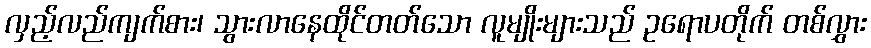
လှည့်လည်ကျက်စား၊ သွားလာနေထိုင်တတ်သော လူမျိုးများသည် ဥရောပတိုက် တစ်လွှား